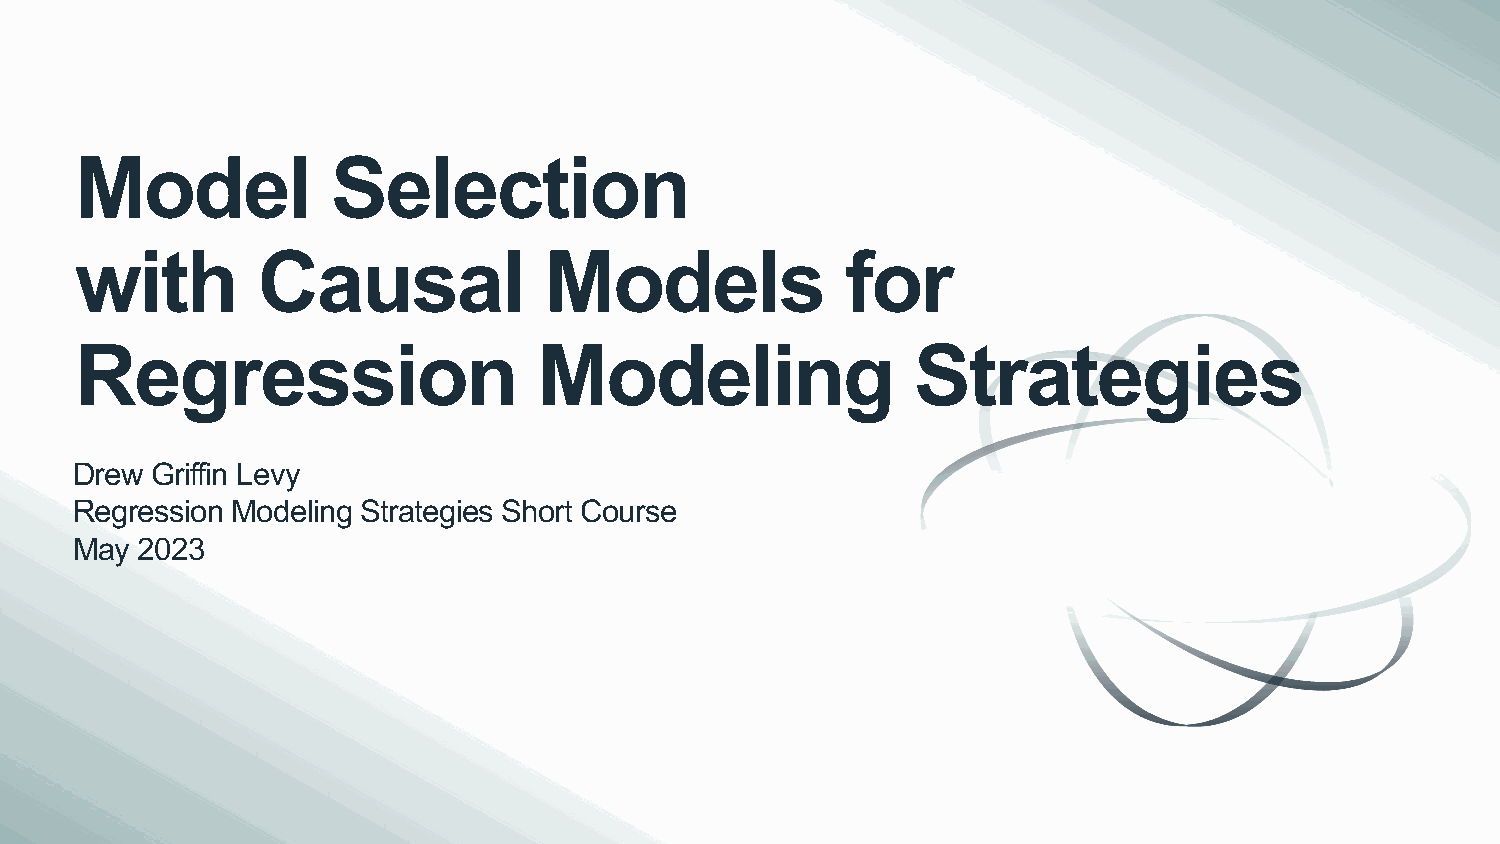
Model            Selection
 with        Causal             Models              for
 Regression                     Modeling                 Strategies
 Drew Griffin Levy
 Regression Modeling Strategies Short Course
 May 2023